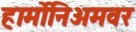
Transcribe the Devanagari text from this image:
हार्मोनिअमवर